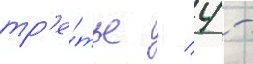
тр'е́тье / 4 -